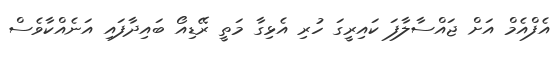
އެފްއެމް އަށް ޖައްސާލާފަ ކައިރީގަ ހުރި އެޅިގާ މަތީ ރޭޑިއޯ ބައިދާފައި އަނެއްކާވެސް